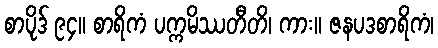
စာပိုဒ် ၉၄။ စာရိကံ ပက္ကမိဿတီတိ၊ ကား။ ဇနပဒစာရိကံ၊